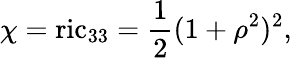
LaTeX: \chi=\mathrm{ric}_{33}=\frac 12(1+\rho^{2})^{2},